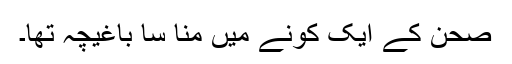
صحن کے ایک کونے میں منا سا باغیچہ تھا۔